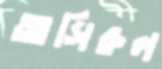
আসিরুল